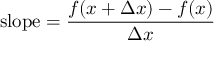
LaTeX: { \mathrm { s l o p e } } = { \frac { f ( x + \Delta x ) - f ( x ) } { \Delta x } }